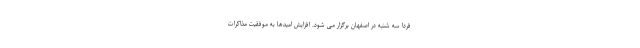
فردا سه شنبه در اصفهان برگزار می شود. افزایش امیدها به موفقیت مذاکرات